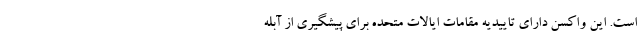
است. این واکسن دارای تاییدیه مقامات ایالات متحده برای پیشگیری از آبله